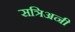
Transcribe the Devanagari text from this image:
सत्रिअनी